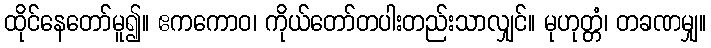
ထိုင်နေတော်မူ၍။ ဧကကောဝ၊ ကိုယ်တော်တပါးတည်းသာလျှင်။ မုဟုတ္တံ၊ တခဏမျှ။